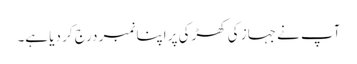
آپ نے جہاز کی کھڑکی پر اپنا نمبر درج کر دیا ہے۔